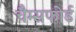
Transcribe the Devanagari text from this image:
चैम्सफोर्ड